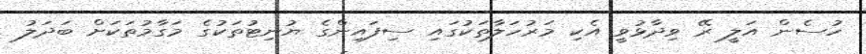
ހުސެން އަލީ ރޭ ވިދާޅުވީ އެކި މަރުހަލާތަކުގައި ސިފައިންގެ ޔުނިޓުތަކުގެ މަގާމުތަކަށް ބަދަލު